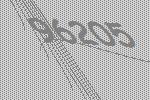
96205